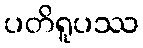
ပတိရူပဿ